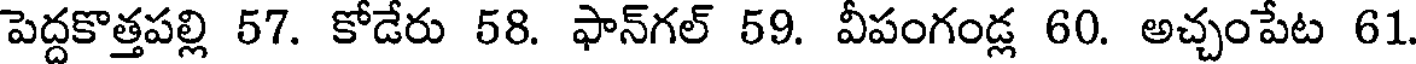
పెద్దకొత్తపల్లి 57. కోడేరు 58. ఫాన్గల్ 59. వీపంగండ్ల 60. అచ్చంపేట 61.